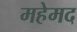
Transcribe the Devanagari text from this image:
महेमद